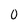
Character: 0